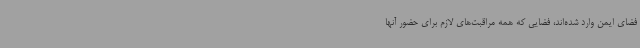
فضای ایمن وارد شده‌اند، فضایی که همه مراقبت‌های لازم برای حضور آنها